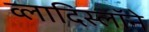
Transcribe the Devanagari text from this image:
व्लादिस्लॉने